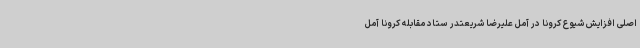
اصلی افزایش شیوع کرونا در آمل علیرضا شریعتدر ستاد مقابله کرونا آمل